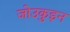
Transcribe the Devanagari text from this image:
जो॑उकुइन